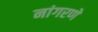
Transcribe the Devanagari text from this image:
नांगरणे